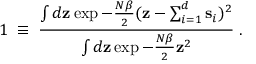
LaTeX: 1 \; \equiv \; { \frac { \int d { \bf z } \exp - { \frac { N \beta } { 2 } } ( { \bf z } - \sum _ { i = 1 } ^ { d } { \bf s } _ { i } ) ^ { 2 } } { \int d { \bf z } \exp - { \frac { N \beta } { 2 } } { \bf z } ^ { 2 } } } \; .